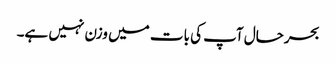
بحرحال آپ کی بات میں وزن نہیں ہے۔